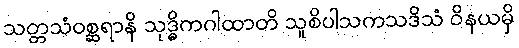
သတ္တသံဝစ္ဆရာနိ သုဒ္ဓိကဂါထာတိ သူစိပါသကသဒိသံ ဝိနယမှိ